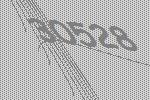
30528